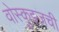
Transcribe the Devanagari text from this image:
वोस्कुइजची